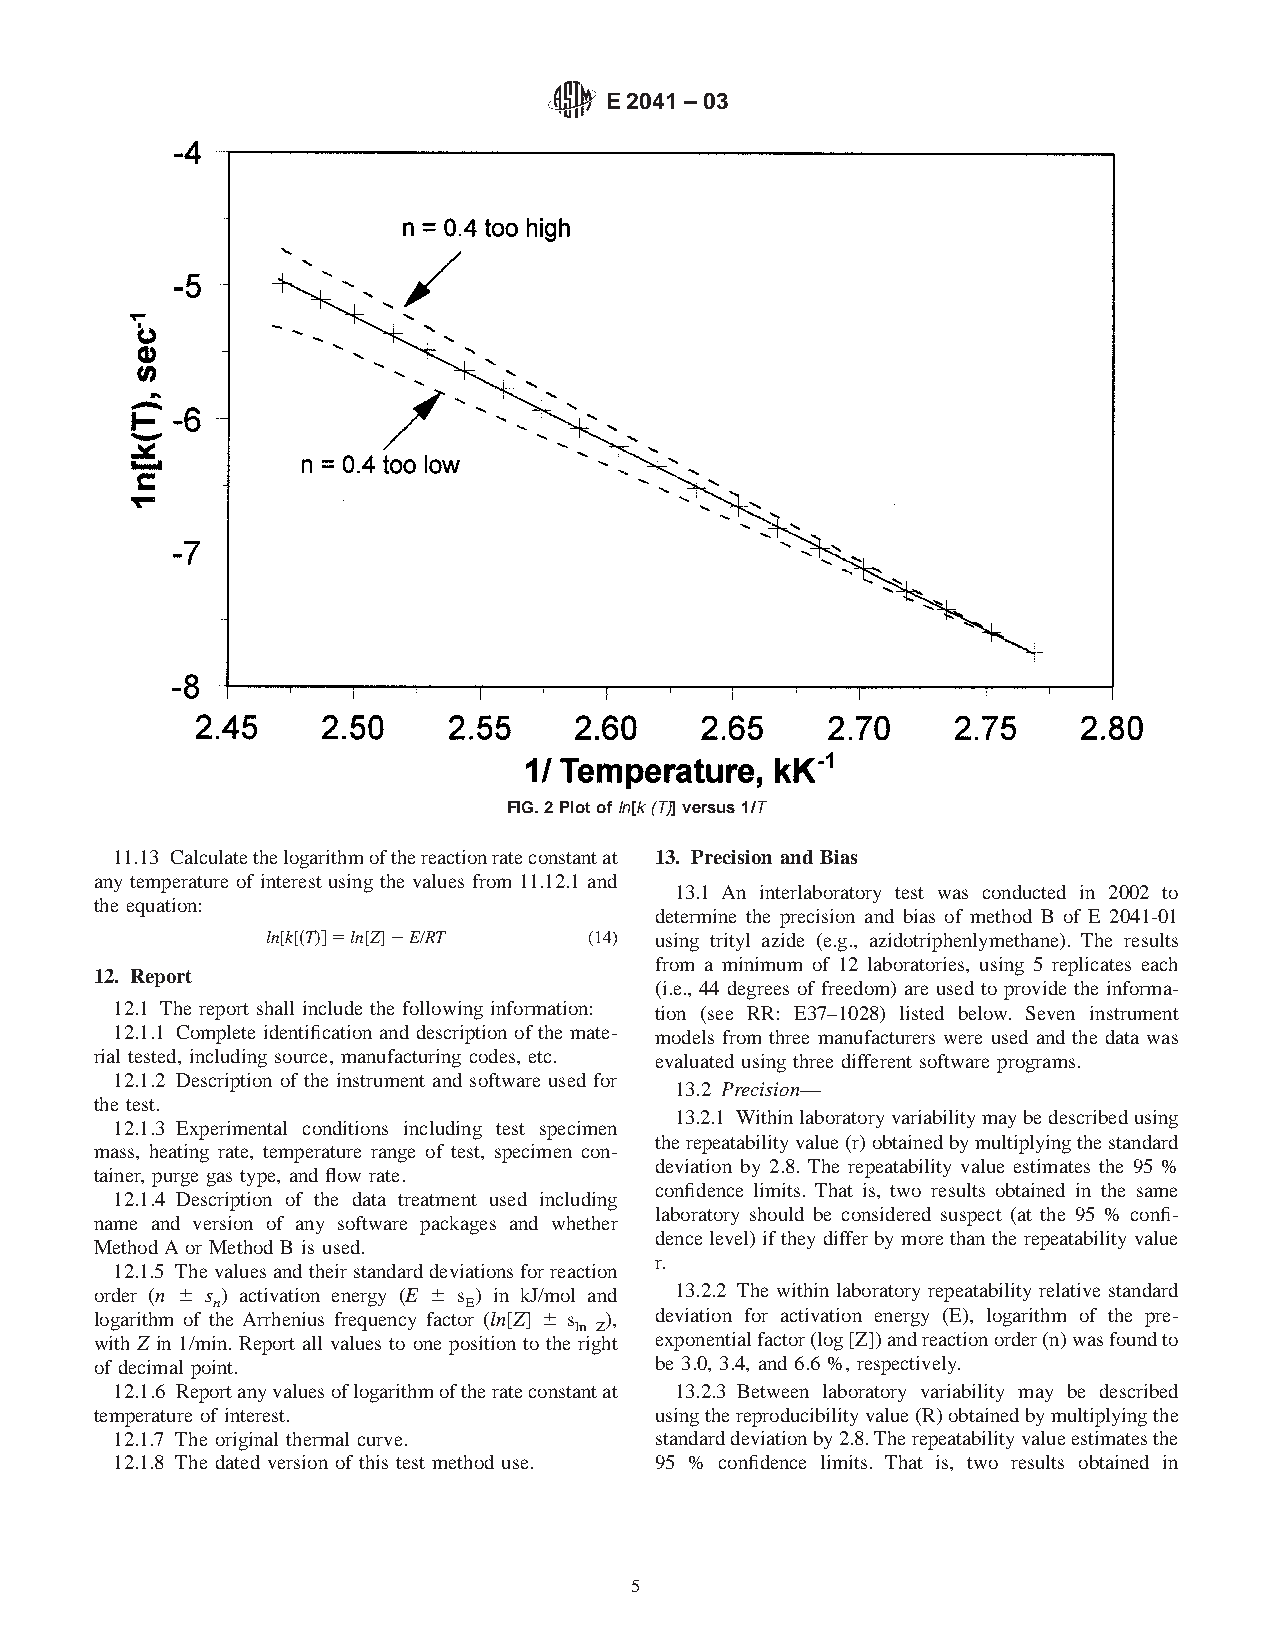
E 2041 – 03
 FIG.2Plotofln[k(T)]versus1/T
 11.13 Calculatethelogarithmofthereactionrateconstantat 13. Precision and Bias
 any temperature of interest using the values from 11.12.1 and
 13.1 An interlaboratory test was conducted in 2002 to
 the equation:
 determine the precision and bias of method B of E 2041-01
 ln[k[~T!#5ln[Z]2E/RT (14) using trityl azide (e.g., azidotriphenlymethane). The results
 from a minimum of 12 laboratories, using 5 replicates each
 12. Report
 (i.e., 44 degrees of freedom) are used to provide the informa-
 12.1 The report shall include the following information: tion (see RR: E37–1028) listed below. Seven instrument
 12.1.1 Complete identification and description of the mate- models from three manufacturers were used and the data was
 rial tested, including source, manufacturing codes, etc. evaluated using three different software programs.
 12.1.2 Description of the instrument and software used for
 13.2 Precision—
 the test.
 13.2.1 Withinlaboratoryvariabilitymaybedescribedusing
 12.1.3 Experimental conditions including test specimen
 therepeatabilityvalue(r)obtainedbymultiplyingthestandard
 mass, heating rate, temperature range of test, specimen con-
 deviation by 2.8. The repeatability value estimates the 95 %
 tainer, purge gas type, and flow rate.
 confidence limits. That is, two results obtained in the same
 12.1.4 Description of the data treatment used including
 laboratory should be considered suspect (at the 95 % confi-
 name and version of any software packages and whether
 dencelevel)iftheydifferbymorethantherepeatabilityvalue
 MethodAor Method B is used.
 r.
 12.1.5 Thevaluesandtheirstandarddeviationsforreaction
 order (n 6 s ) activation energy (E 6 s ) in kJ/mol and 13.2.2 The within laboratory repeatability relative standard
 n                E
 logarithm of the Arrhenius frequency factor (ln[Z] 6 s ), deviation for activation energy (E), logarithm of the pre-
 ln Z
 with Z in 1/min. Report all values to one position to the right exponentialfactor(log[Z])andreactionorder(n)wasfoundto
 of decimal point.                    be 3.0, 3.4, and 6.6 %, respectively.
 12.1.6 Reportanyvaluesoflogarithmoftherateconstantat 13.2.3 Between laboratory variability may be described
 temperature of interest.             usingthereproducibilityvalue(R)obtainedbymultiplyingthe
 12.1.7 The original thermal curve. standarddeviationby2.8.Therepeatabilityvalueestimatesthe
 12.1.8 The dated version of this test method use. 95 % confidence limits. That is, two results obtained in
 5